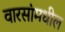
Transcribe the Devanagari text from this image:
वारसांमधील